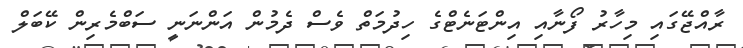
ރާއްޖޭގައި މިހާރު ފޯނާއި އިންޓަނެޓްގެ ހިދުމަތް ވެސް ދެމުން އަންނަނީ ސަބްމެރިން ކޭބަލް